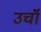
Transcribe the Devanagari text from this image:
उचॉं